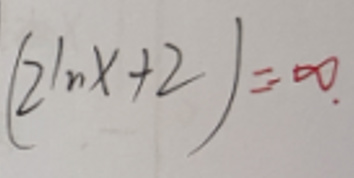
\[(2\ln x + 2)=\infty\]